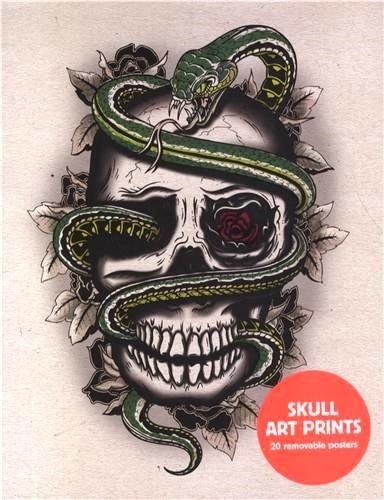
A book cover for Skull Art Prints: 20 Removable Posters; Various artists; Crafts, Hobbies & Home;